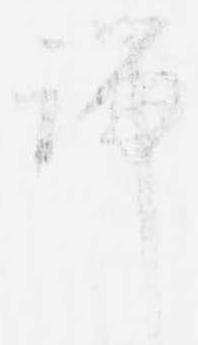
端